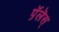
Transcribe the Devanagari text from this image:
प़ॅलॆस्